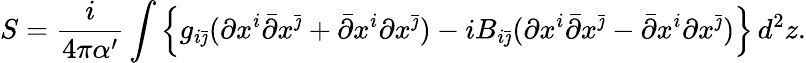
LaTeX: S=\frac i{4\pi\alpha^{\prime}}\int\left\{ g_{i\bar{\jmath}}(\partial x^{i}\bar{\partial}x^{\bar{\jmath}}+\bar{\partial}x^{i}\partial x^{\bar{\jmath}})-iB_{i\bar{\jmath}}(\partial x^{i}\bar{\partial}x^{\bar{\jmath}}-\bar{\partial}x^{i}\partial x^{\bar{\jmath}})\right\} \, d^{2}z.